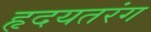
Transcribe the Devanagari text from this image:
हृदयतरंग